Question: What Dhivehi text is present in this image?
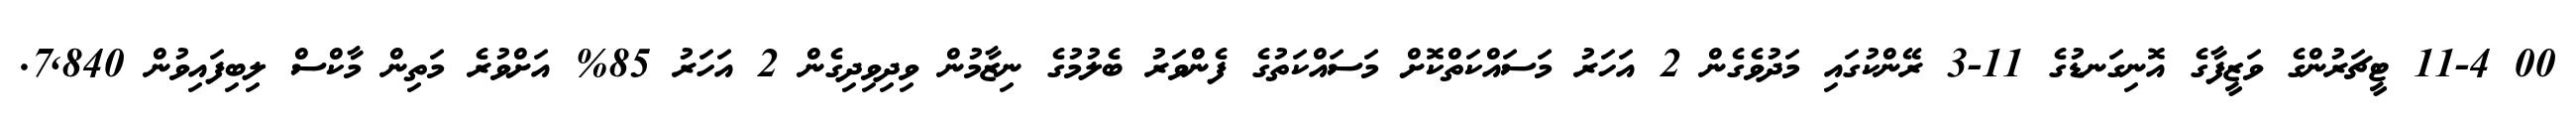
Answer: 00 11-4 ޓީޗަރުންގެ ވަޒީފާގެ އޮނިގަނޑުގެ 11-3 ރޭންކުގައި މަދުވެގެން 2 އަހަރު މަސައްކަތްކޮށް މަސައްކަތުގެ ފެންވަރު ބެލުމުގެ ނިޒާމުން ވިދިވިދިގެން 2 އަހަރު 85% އަށްވުރެ މަތިން މާކްސް ލިބިފައިވުން 7,840.